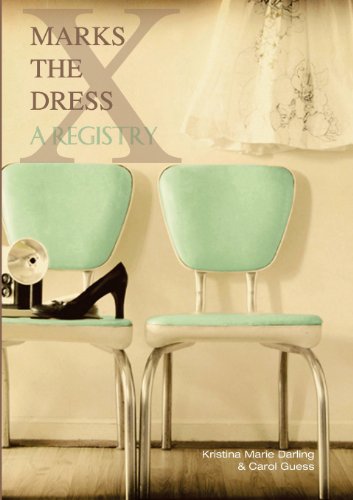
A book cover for X Marks the Dress: A Registry; Kristina Marie Darling; Crafts, Hobbies & Home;